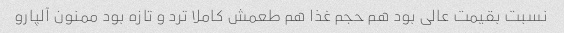
نسبت بقیمت عالی بود هم حجم غذا هم طعمش کاملا ترد و تازه بود ممنون آلپارو